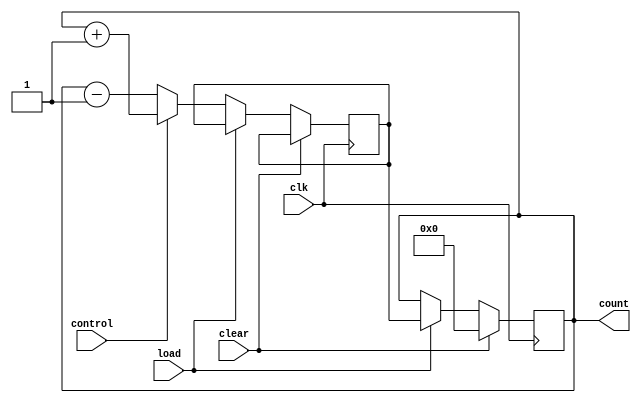
module UpDownCounter (
    input wire clk,
    input wire control,
    input wire clear,
    input wire load,
    output reg [3:0] count
);

reg [3:0] next_count;

always @ (posedge clk) begin
    if (clear) begin
        count <= 4'b0000;
    end else if (load) begin
        count <= next_count;
    end else begin
        if (control) begin
            next_count <= count + 1;
        end else begin
            next_count <= count - 1;
        end
    end
end

endmodule